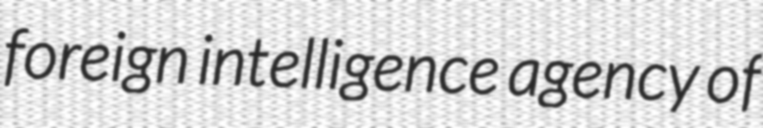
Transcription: foreign intelligence agency of